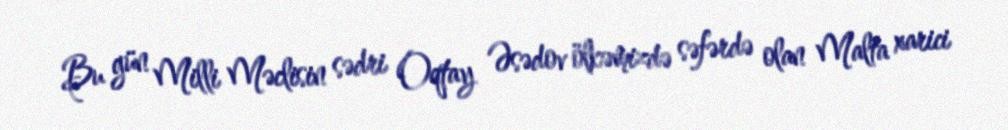
Bu gün Milli Məclisin sədri Oqtay Əsədov ölkəmizdə səfərdə olan Malta xarici